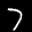
Label: 7